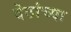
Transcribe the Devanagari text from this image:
देठांच्या